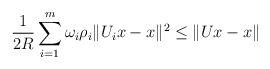
LaTeX: \begin{align*}\frac{1}{2R}\sum_{i=1}^{m}\omega _{i}\rho _{i}\Vert U_{i}x-x\Vert ^{2}\leq\Vert Ux-x\Vert \end{align*}